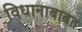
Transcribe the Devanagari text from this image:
विधानाबाबत